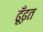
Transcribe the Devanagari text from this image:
ढूँढ़त